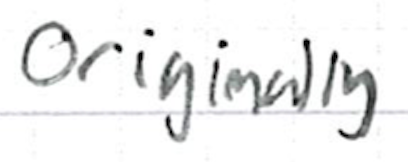
Text: originally
Cross-out: clean
Writing tool: ballpoint